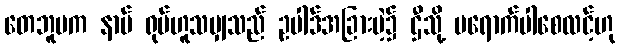
တေဘူမက နာမ် ရုပ်ဟူသမျှသည် ဥပါဒ်အခြားမဲ့၌ ဌီသို့ မရောက်ပါစေလင့်ဟု